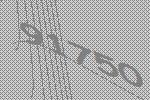
91750